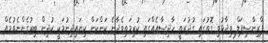
ޕްރިންސިޕަލް ވިދާޅުވި ގޮތުގައި ގުދުރަތީ ހާދިސާއެއްގައި ކުރިމަތިވެދާނެ ކަންކަން ކިޔައިދިނުމަކީ ކުދިން ބިރުގެންނެވުމެއް